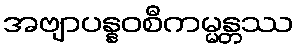
အဗျာပန္နဝစီကမ္မန္တဿ